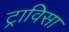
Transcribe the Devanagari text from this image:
ट्राविसा